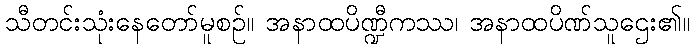
သီတင်းသုံးနေတော်မူစဉ်။ အနာထပိဏ္ဍီကဿ၊ အနာထပိဏ်သူဌေး၏။